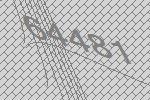
64481